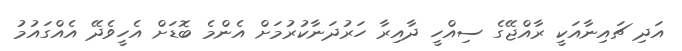
އަދި ޗައިނާއަކީ ރާއްޖޭގެ ސިއްހީ ދާއިރާ ހަރުދަނާކުރުމަށް އެންމެ ބޮޑަށް އެހީވެދޭ އެއްގައުމު